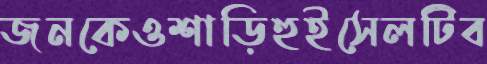
জনকেওশাড়িহুইসেলটিব